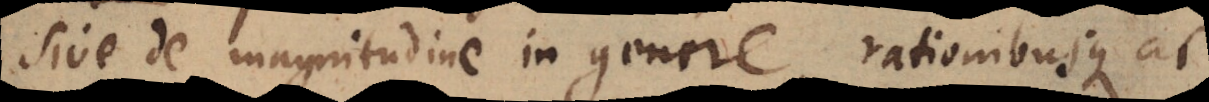
sive de magnitudine in genere, rationibusque ac